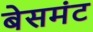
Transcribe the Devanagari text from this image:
बेसमंट